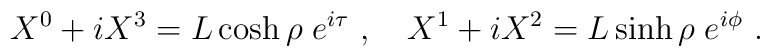
X^0 + iX^3 = L \cosh \rho\; e^{i\tau}\ ,\quad X^1 + iX^2 = L \sinh \rho\; e^{i\phi}\ .